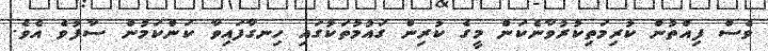
ވެސް ފިއްތުން ކުރިމަތިކުރުވާނެކަން މީގެ ކުރިން ގައުމުތަކުގައި ހިނގާފައިވާ ކަންކަމުން ސާފުވެ އެވެ.